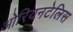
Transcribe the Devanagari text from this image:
ओरियनटेलिस